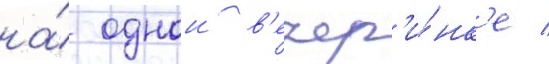
на́ однои в'ечер'и́нк'е /